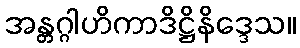
အန္တဂ္ဂါဟိကာဒိဋ္ဌိနိဒ္ဒေသ။